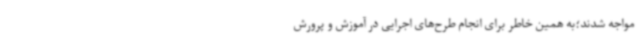
مواجه شدند؛به همین خاطر برای انجام طرح‌های اجرایی در آموزش و پرورش